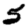
Digit: 5